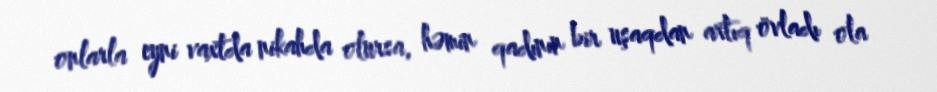
onlarla eyni vaxtda nikahda olursa, həmin qadının bir uşaqdan artıq övladı ola